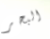
البحر